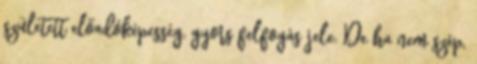
született előadóképesség, gyors felfogás jele. De ha nem szép,